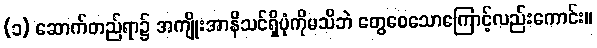
(၁) ဆောက်တည်ရာ၌ အကျိုးအာနိသင်ရှိပုံကိုမသိဘဲ တွေဝေသောကြောင့်လည်းကောင်း။